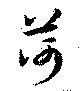
荷